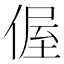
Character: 偓